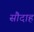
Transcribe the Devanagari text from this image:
सौदाह